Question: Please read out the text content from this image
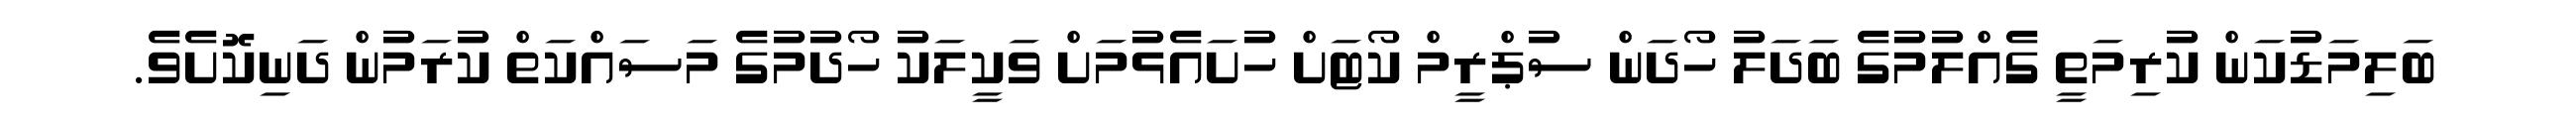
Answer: ބަލިމަޑުކަން ކުރިމަތީ ގެއްލުމުގެ ބަދަލު ހޯދަން ސުޕްރީމް ކޯޓަށް ހުށައެޅުމަށް ވަކީލަކު ހޯދުމުގެ މަސައްކަތް ކުރަމުން ދަނިކޮށެވެ.